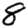
Digit: 8